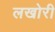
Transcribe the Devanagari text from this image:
लखोरी